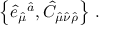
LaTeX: \left\{ \hat { e } _ { \hat { \mu } } { } ^ { \hat { a } } , \hat { C } _ { \hat { \mu } \hat { \nu } \hat { \rho } } \right\} \, .